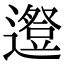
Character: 𨗱